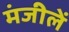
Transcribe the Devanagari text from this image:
मंजीलें